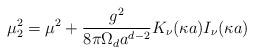
LaTeX: \begin{align*}\mu_2^2=\mu^2+{g^2\over8{\pi}\Omega_d a^{d-2}}K_{\nu}(\kappa a)I_{\nu}(\kappa a)\end{align*}